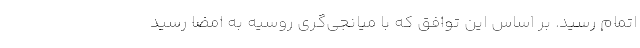
اتمام رسید. بر اساس این توافق که با میانجی‌گری روسیه به امضا رسید